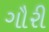
ગૌરી